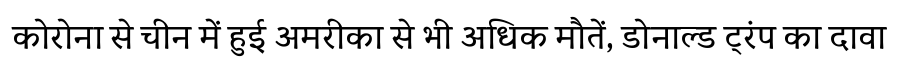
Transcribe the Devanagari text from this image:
कोरोना से चीन में हुई अमरीका से भी अधिक मौतें, डोनाल्ड ट्रंप का दावा